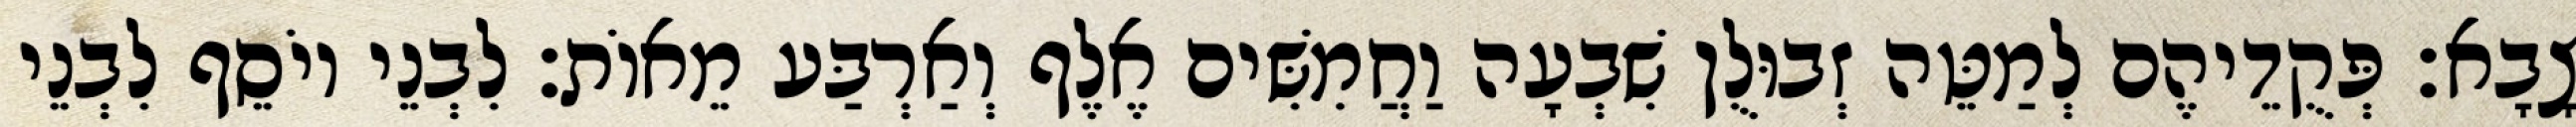
צָבָא׃ פְּקֻדֵיהֶם לְמַטֵּה זְבוּלֻן שִׁבְעָה וַחֲמִשִּׁים אֶלֶף וְאַרְבַּע מֵאוֹת׃ לִבְנֵי יוֹסֵף לִבְנֵי